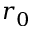
r _ { 0 }